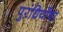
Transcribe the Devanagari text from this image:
पुरंध्रिर्योषा